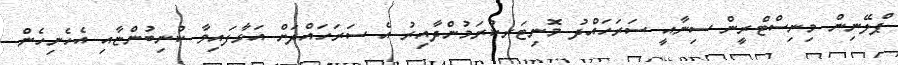
ޕްލޭނިން މިނިސްޓްރީން ސިނާއީ ސަރަހައްދު މޮނިޓަރކުރަމުންދާއިރު އެ ސަރަހައްދަށް އަޅާފައިވާ ކުނިބުންޏާއި އެހެނިހެން